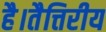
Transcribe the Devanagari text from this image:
है।तैत्तिरीय